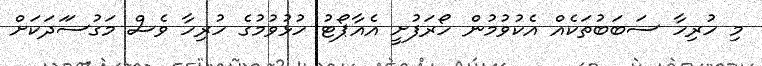
މި ހުރިހާ ސަބަބުތަކެއް އެކުވުމުން ހޯރަފުށީ އެއާޕޯޓު ހުޅުވުމުގެ ހުރިހާ ވެސް މަގުސަަދަކަށް